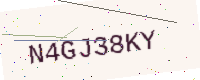
Text: N4GJ38KY